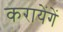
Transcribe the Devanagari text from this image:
करायेंगें